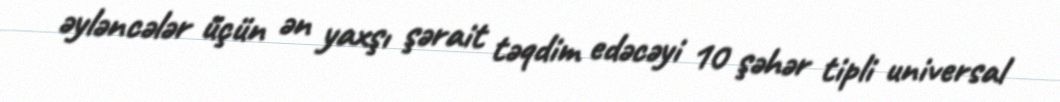
əyləncələr üçün ən yaxşı şərait təqdim edəcəyi 10 şəhər tipli universal